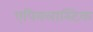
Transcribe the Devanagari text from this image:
एपिक्लास्टिक